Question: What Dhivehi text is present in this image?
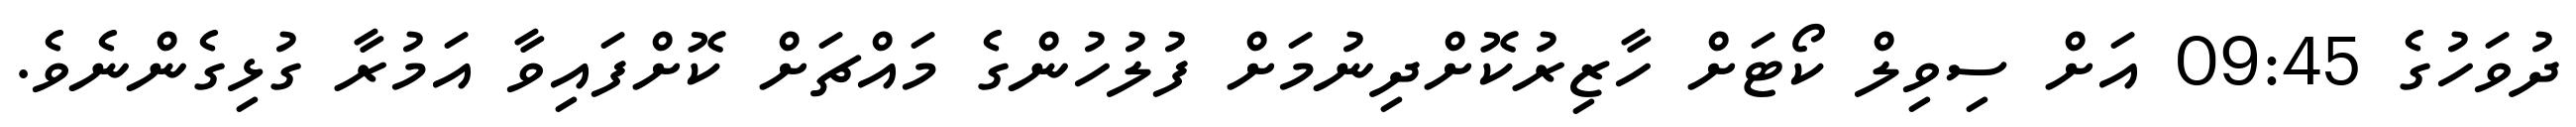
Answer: ދުވަހުގެ 09:45 އަށް ސިވިލް ކޯޓަށް ހާޒިރުކޮށްދިނުމަށް ފުލުހުންގެ މައްޗަށް ކޮށްފައިވާ އަމުރާ ގުޅިގެންނެވެ.